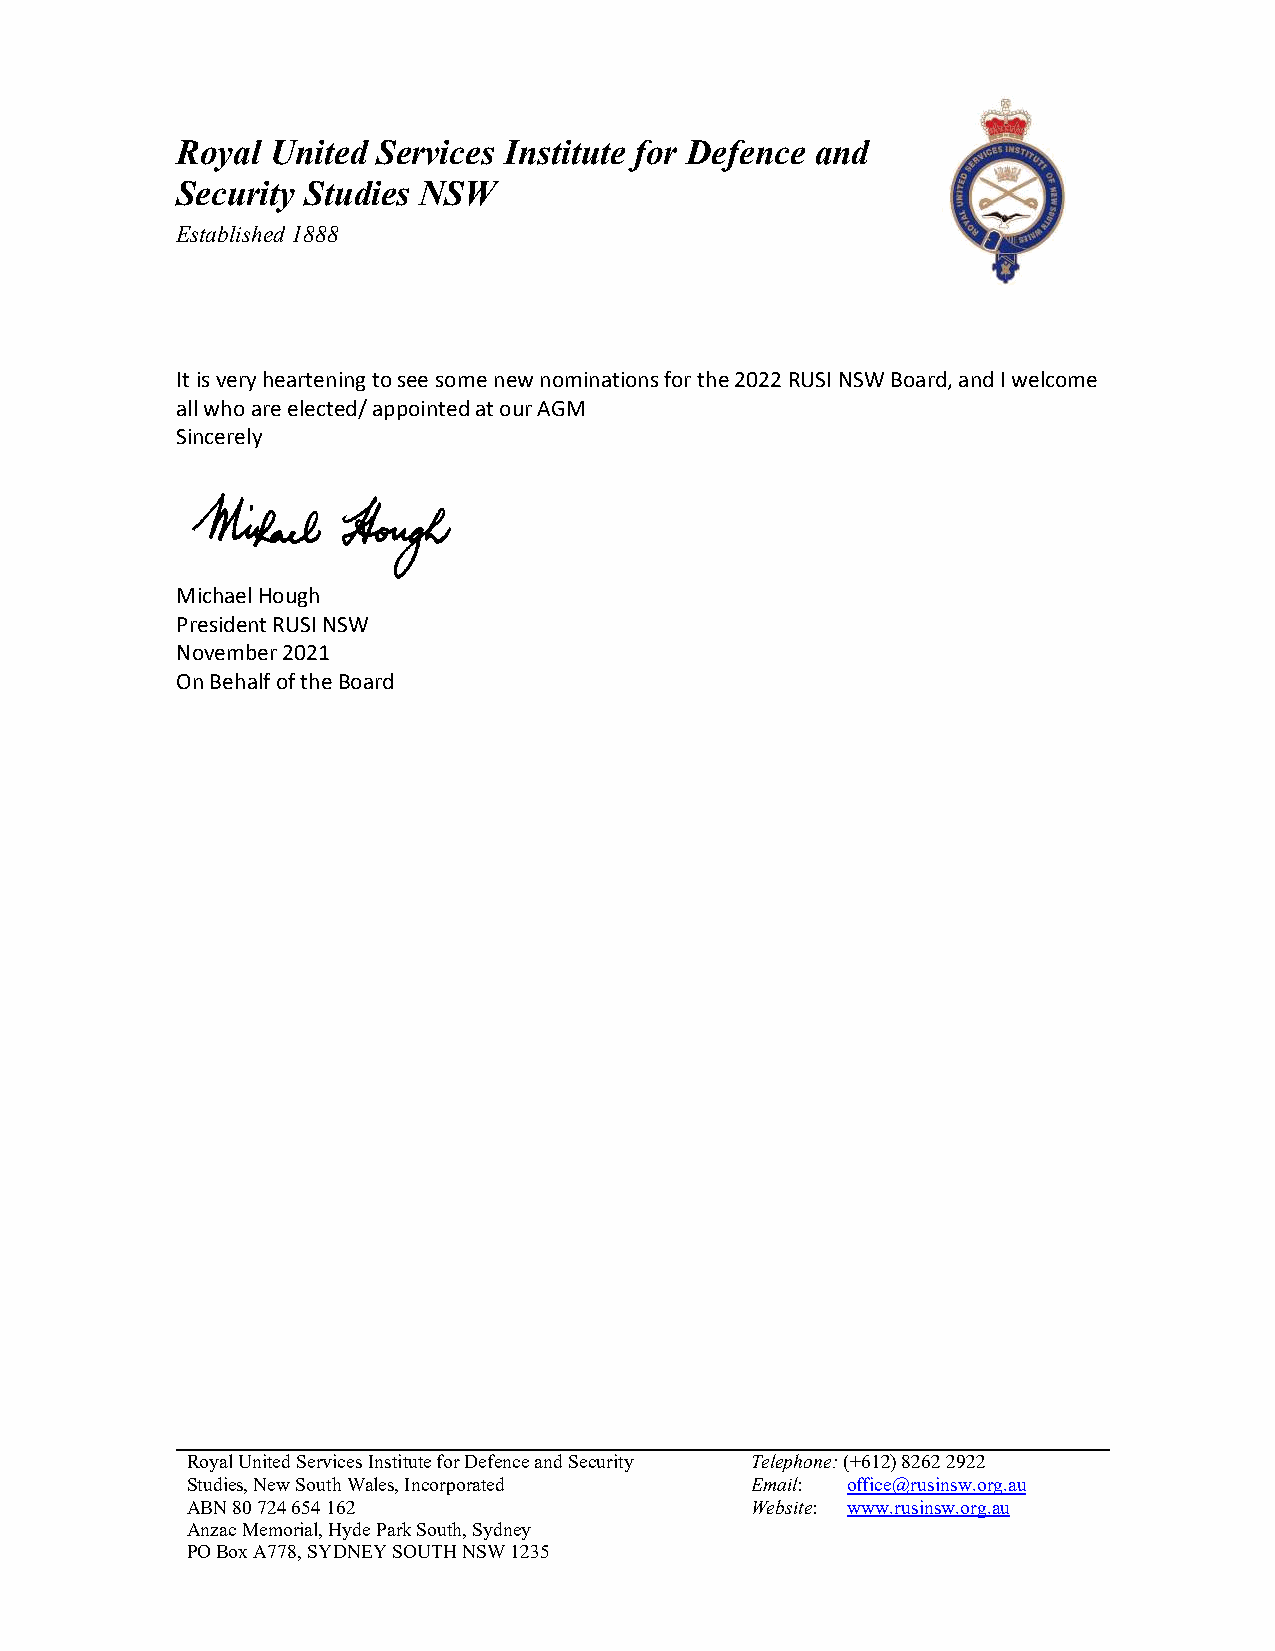
Royal United Services Institute for Defence and
 Security Studies NSW
 Established 1888
 It is very heartening to see some new nominations for the 2022 RUSI NSW Board, and I welcome
 all who are elected/ appointed at our AGM
 Sincerely
 Michael Hough
 President RUSI NSW
 November 2021
 On Behalf of the Board
 Royal United Services Institute for Defence and Security Telephone: (+612) 8262 2922
 Studies, New South Wales, Incorporated Email: office@rusinsw.org.au
 ABN 80 724 654 162                    Website: www.rusinsw.org.au
 Anzac Memorial, Hyde Park South, Sydney
 PO Box A778, SYDNEY SOUTH NSW 1235